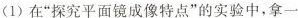
(1)在”探究平面镜成像特点”的实验中，拿一